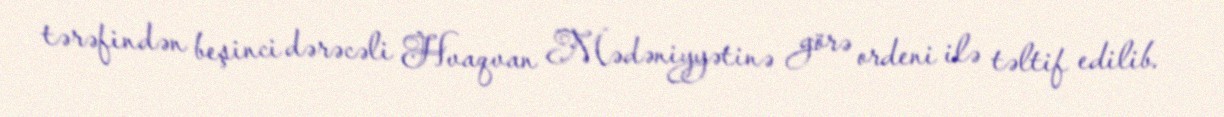
tərəfindən beşinci dərəcəli Hvaqvan Mədəniyyətinə görə ordeni ilə təltif edilib.